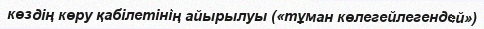
көздің көру қабілетінің айырылуы («тұман көлегейлегендей»)